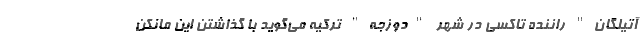
آتیلگان" راننده تاکسی در شهر "دوزجه" ترکیه می‌گوید با گذاشتن این مانکن